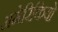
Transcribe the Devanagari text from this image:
अमेरिकियो